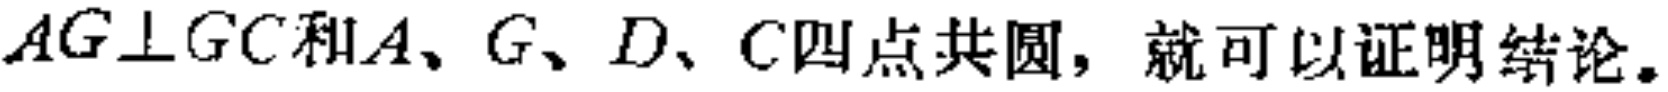
$AG\perp GC和A、G、D、C四点共圆，就可以证明结论。$